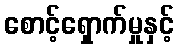
စောင့်ရှောက်မှုနှင့်